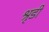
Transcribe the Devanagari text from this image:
श्रृडी